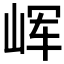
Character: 𰎝